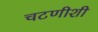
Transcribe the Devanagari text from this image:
चटणीशी